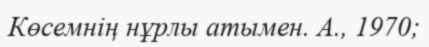
Көсемнің нұрлы атымен. А., 1970;